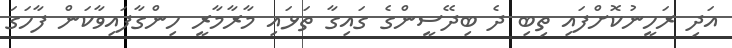
އަދި ރަހީނުކޮށްފައި ތިބި ދެ ބިދޭސީންގެ ގައިގާ ތަޅައި މާރާމާރީ ހިންގާފައިވާކަން ފާހަގަ